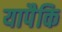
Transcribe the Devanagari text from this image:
यापैकि